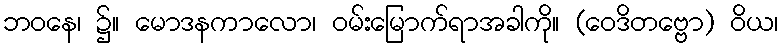
ဘဝနေ၊ ၌။ မောဒနကာလော၊ ဝမ်းမြောက်ရာအခါကို။ (ဝေဒိတဗ္ဗော) ဝိယ၊